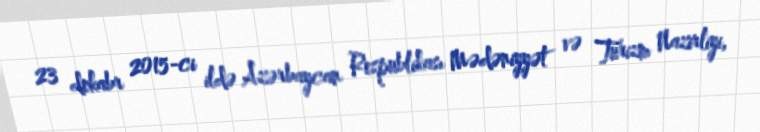
23 dekabr 2015-ci ildə Azərbaycan Respublikası Mədəniyyət və Turizm Nazirliyi,